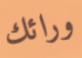
ورائك